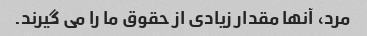
مرد، آنها مقدار زیادی از حقوق ما را می گیرند.